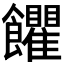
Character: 𩟹